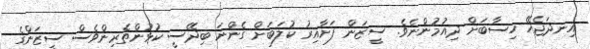
އިނދަޖެހޭ ހިސާބަށް ދިއުމުންނެވެ. ސީޒަން ފަށާއިރު ކުލަބަށް ގެންނަ ބިދޭސީ ކުޅުންތެރިންވެސް ސީޒަންގެ